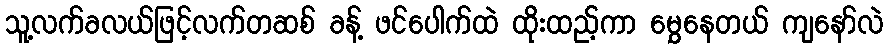
သူ့လက်ခလယ်ဖြင့်လက်တဆစ် ခန့် ဖင်ပေါက်ထဲ ထိုးထည့်ကာ မွှေနေတယ် ကျနော်လဲ